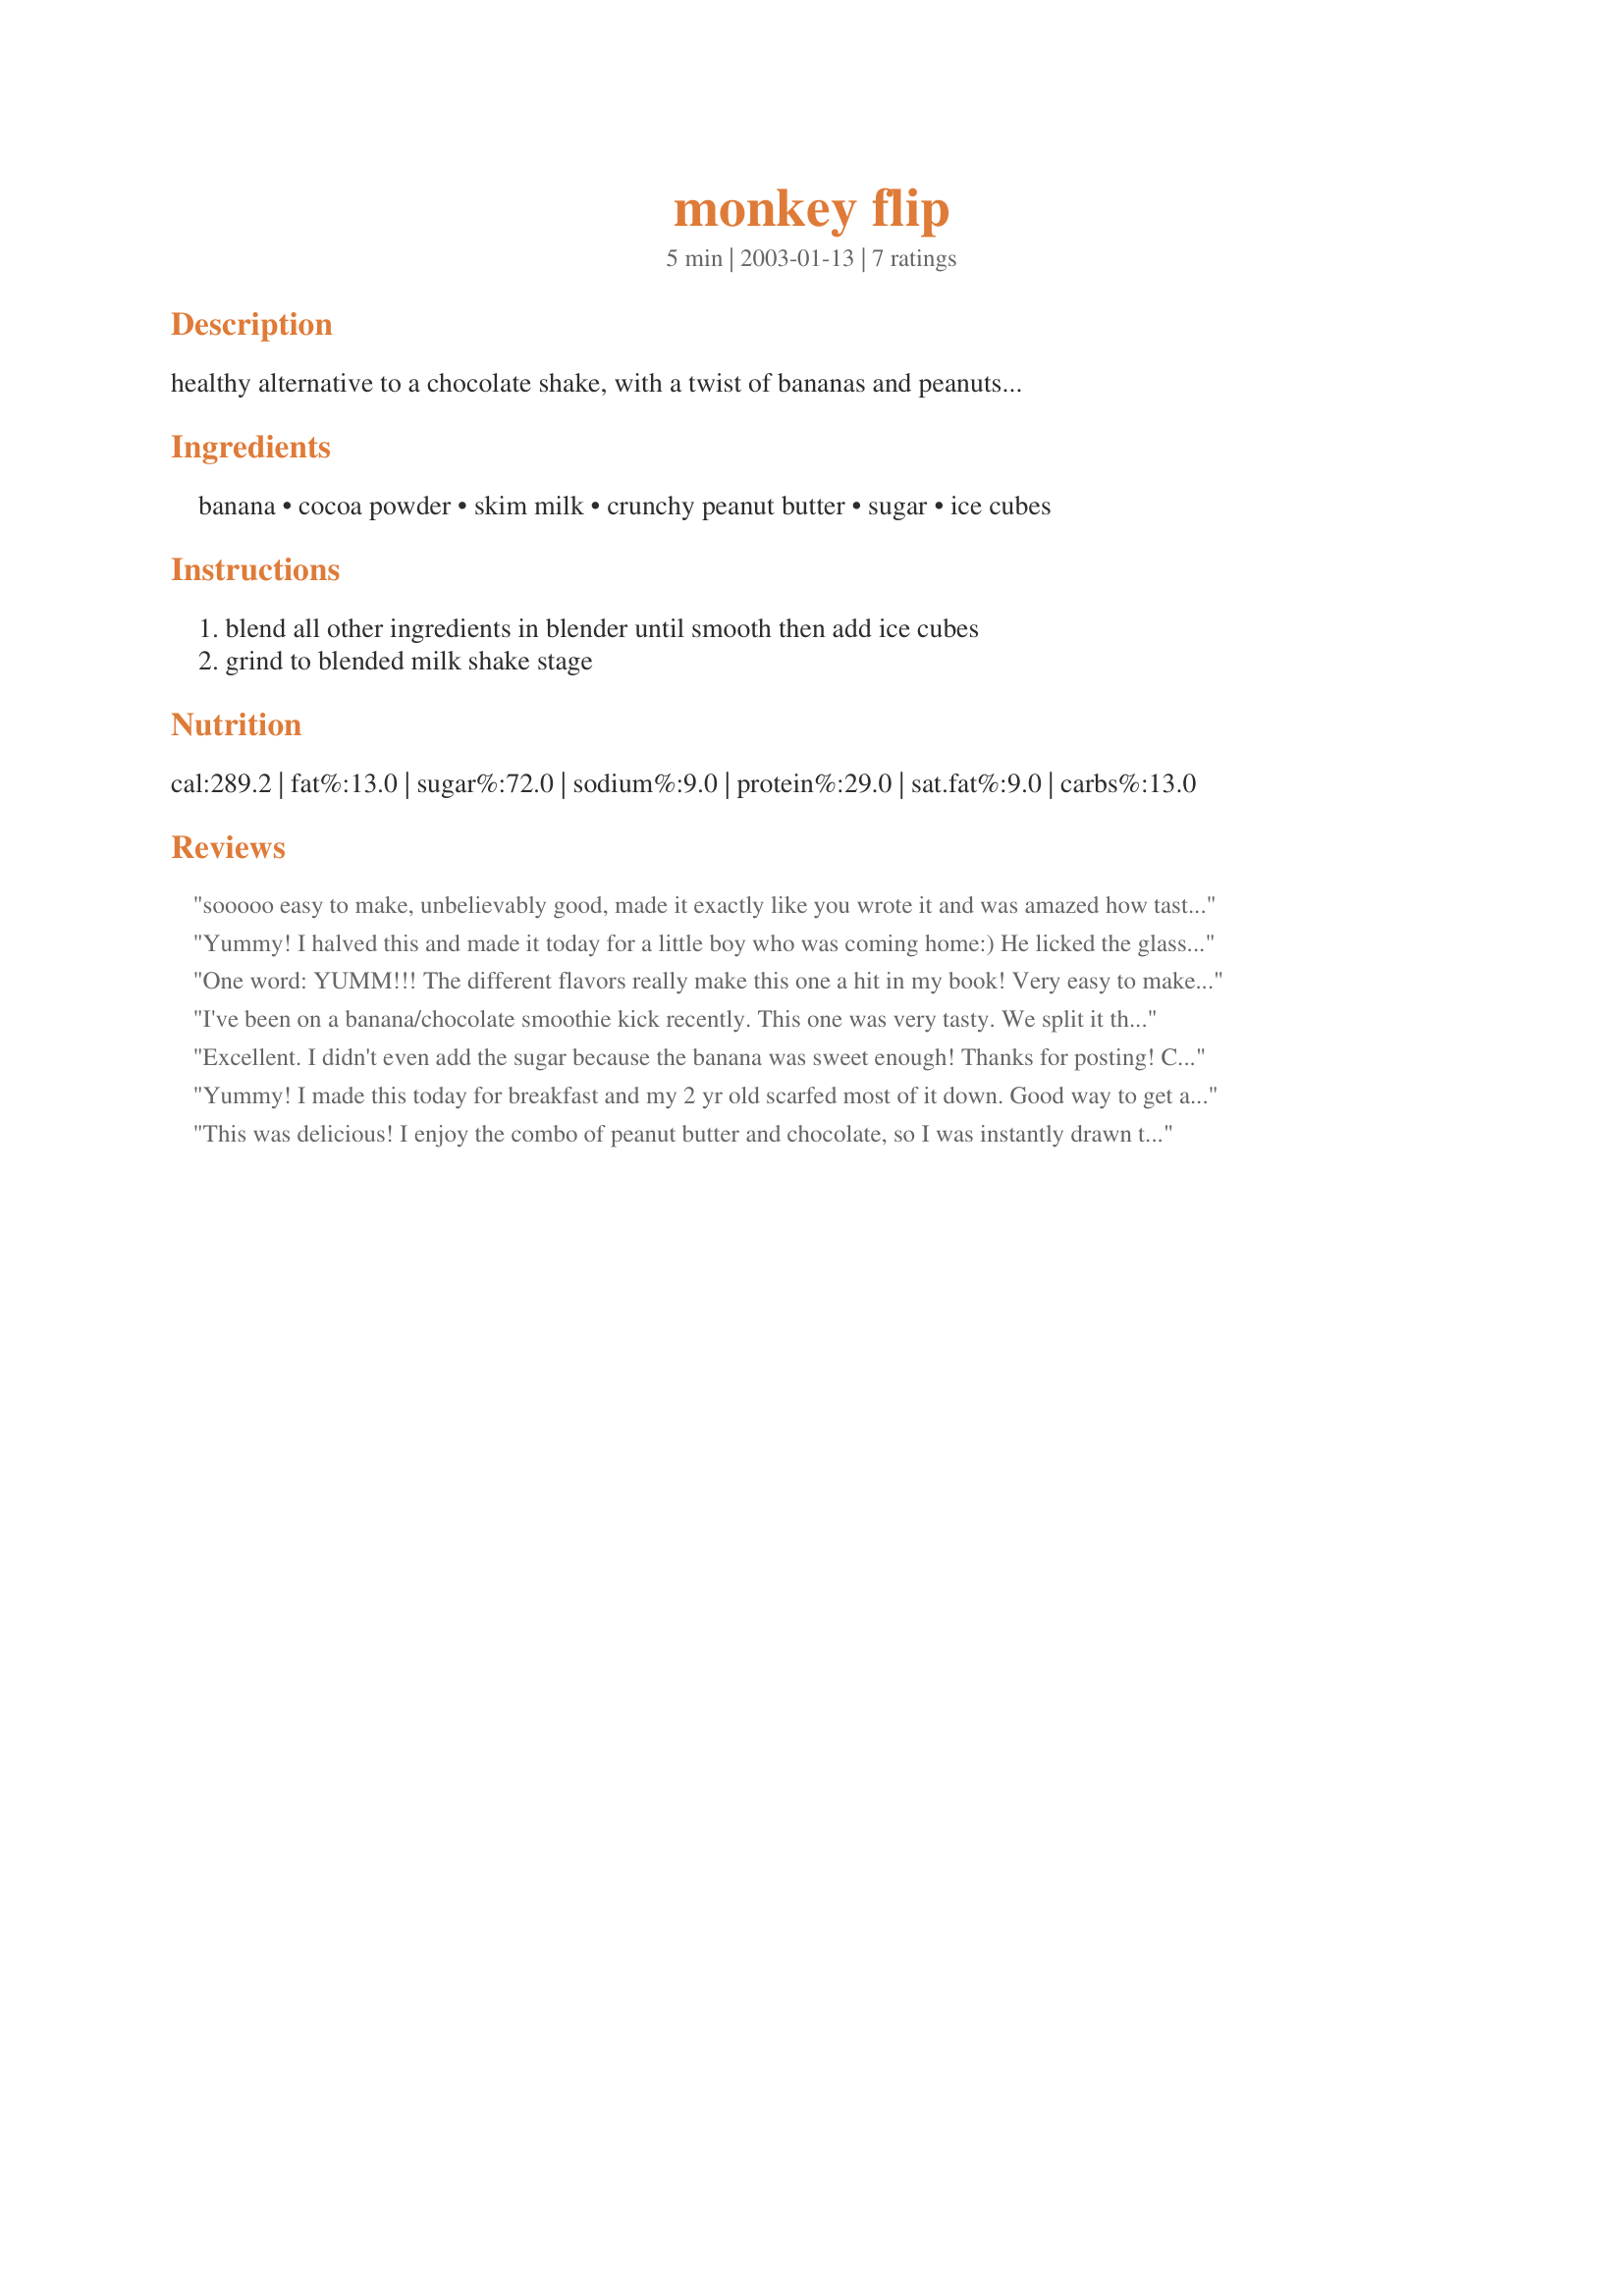
monkey flip
Preparation time: 5 minutes

healthy alternative to a chocolate shake, with a twist of bananas and peanuts...

Ingredients:
banana, cocoa powder, skim milk, crunchy peanut butter, sugar, ice cubes

Steps:
blend all other ingredients in blender until smooth then add ice cubes, grind to blended milk shake stage

Reviews:
sooooo easy to make, unbelievably good, made it exactly like you wrote it and was amazed how tastey it was, must drink more of it now....
Yummy! I halved this and made it today for a little boy who was coming home:) He licked the glass clean! Haha! Thanks for sharing. Oh and I did use smooth peanut butter as I didn't have the crunchy variety on hand. Other than that, I stuck with the recipe. Lovely comfort food and you made the kid's day!
One word: YUMM!!! The different flavors really make this one a hit in my book! Very easy to make.

The only thing I would change, would be to use Splenda (Sucralose) in place of the sugar.

Monkey Flip is a real pleaser, nice job!
I've been on a banana/chocolate smoothie kick recently. This one was very tasty. We split it three ways and all enjoyed it.
Excellent. I didn't even add the sugar because the banana was sweet enough! Thanks for posting!
Ciao,
Bella
Yummy! I made this today for breakfast and my 2 yr old scarfed most of it down. Good way to get a fruit in him! The peanut butter flavor really stood out. Thanks for an easy recipe!
This was delicious! I enjoy the combo of peanut butter and chocolate, so I was instantly drawn to this recipe. I even used skim milk and it still came out rich and tasty. I used creamy peanut butter rather than chunky, as that was what we had on hand. Fast, easy,with accurate instructions and great taste.
